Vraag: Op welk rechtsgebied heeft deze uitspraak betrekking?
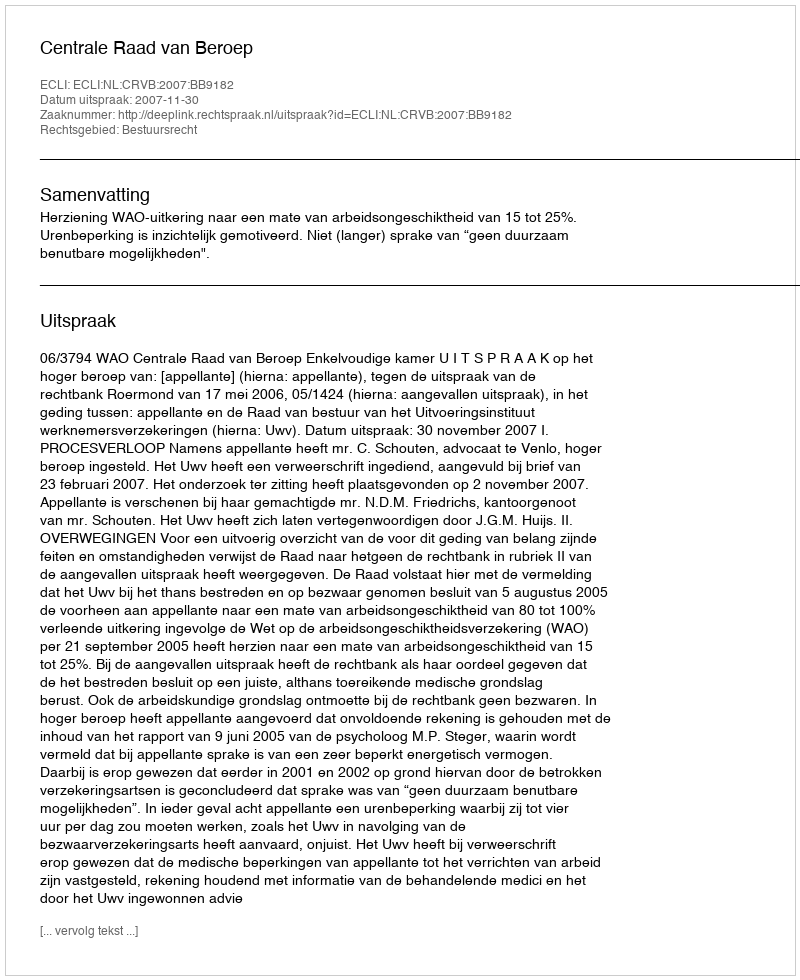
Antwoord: Bestuursrecht